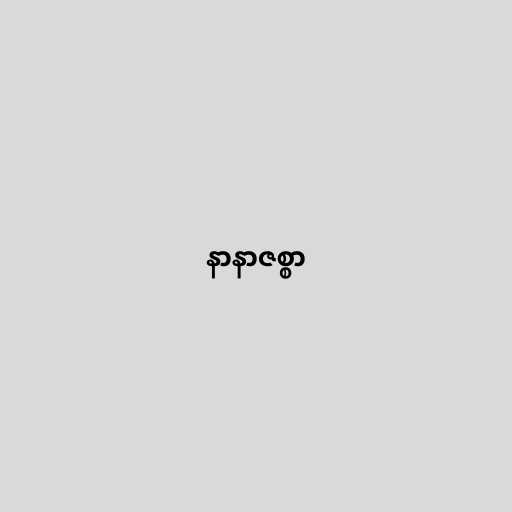
နာနာဇစ္စာ